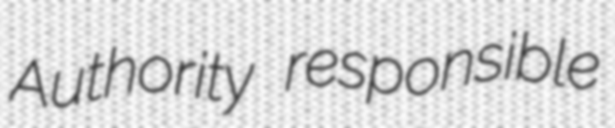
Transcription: Authority responsible